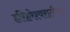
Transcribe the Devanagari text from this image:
हरिहरेश्वरातील